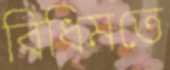
বিধিমতে